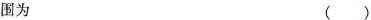
围为 ()